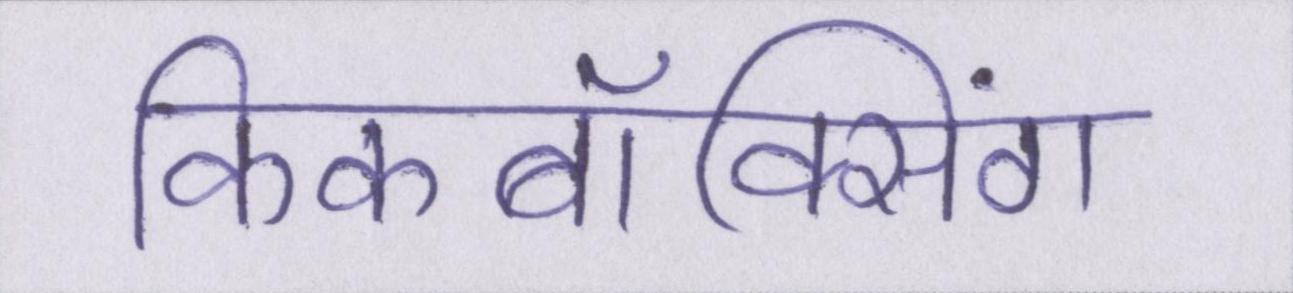
किकबॉक्सिंग